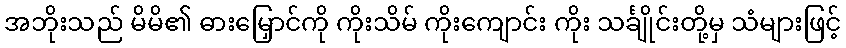
အဘိုးသည် မိမိ၏ ဓားမြှောင်ကို ကိုးသိမ် ကိုးကျောင်း ကိုး သင်္ချိုင်းတို့မှ သံများဖြင့်